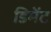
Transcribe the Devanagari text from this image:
डिमेंट